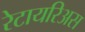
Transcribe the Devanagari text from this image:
रेटायरिअस